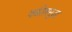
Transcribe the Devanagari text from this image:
वकीलसुद्धा